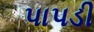
પાપડી